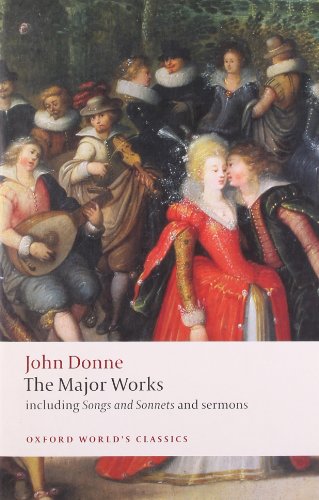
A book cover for John Donne - The Major Works: including Songs and Sonnets and sermons (Oxford World's Classics); John Donne; Christian Books & Bibles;